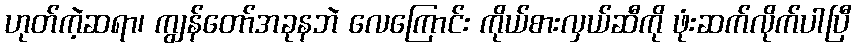
ဟုတ်ကဲ့ဆရာ၊ ကျွန်တော်အခုနဘဲ လေကြောင်း ကိုယ်စားလှယ်ဆီကို ဖုံးဆက်လိုက်ပါပြီ